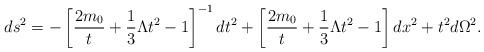
LaTeX: \begin{align*}ds^2=-\left[\frac{2m_0}{t}+\frac{1}{3}\Lambda t^2-1\right]^{-1}dt^2+\left[\frac{2m_0}{t}+\frac{1}{3}\Lambda t^2-1\right] dx^2+t^2d\Omega^2.\end{align*}